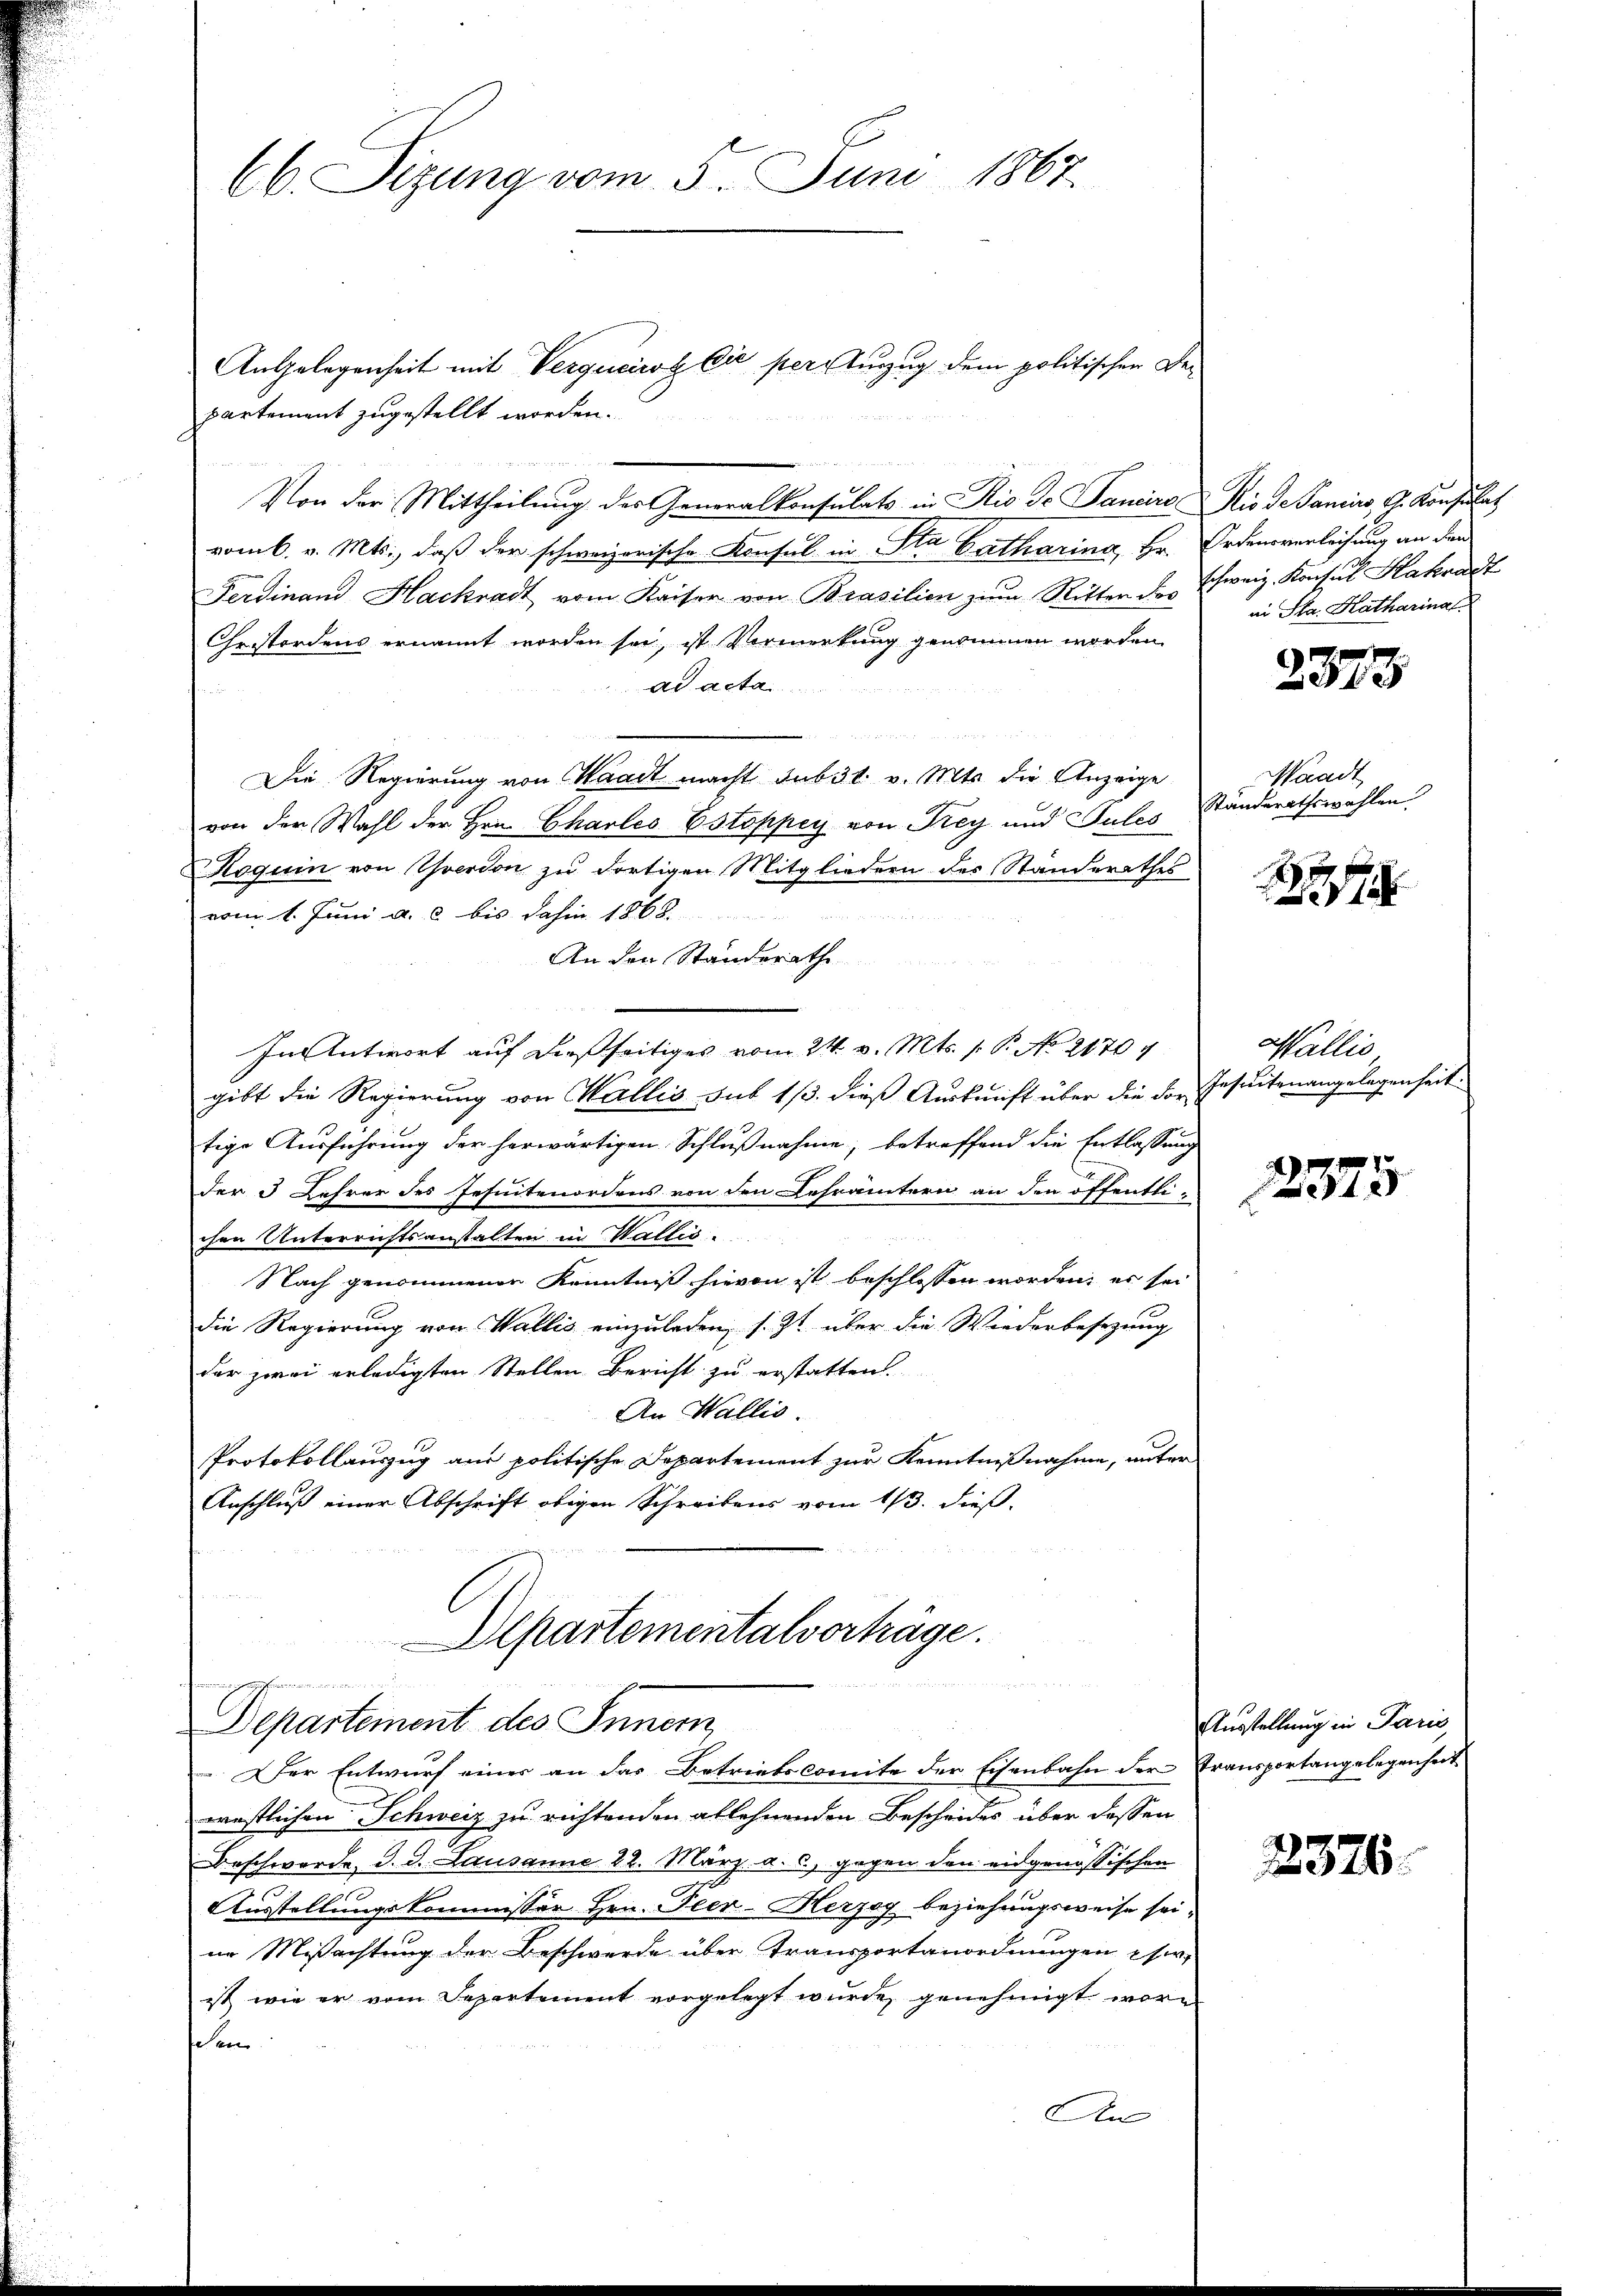
66. Sizung vom 5. Juni 1867.

Departementalverträge.
.
p
Departement des Innern
 Der Entwurf eines an das Betriebscomite der Eisenbahn der Fransportangelegenheit

Angelegenheit mit Vergucicos die per Zuzug dem politischen Departement zugestellt worden.
Von der Mittheilŭng des Generalkonsulats in Rio de Janeiro Rio de Paniers, G. Konsulat
vom 6. v. Mts., daß der schweizerische Konsul in Sta Catharina, Hr. Ordensverleihung an den
Ferdinand Hackradt vom Kaiser von Brasilien zum Ritter der Schweiz. Konsul Hakradt
Gestordens ernannt worden sei, ist Vermerkung genommen worden
ad acta
Die Regierung von Waadt macht sub 31. v. Mts. die Anzeige
von der Wahl der Hrn. Charleo Estoppey von Frey und Sules
Koquin von Yverdon zu dortigen Mitgliedern des Standerathes
vom 1. Juni a. c bis dahin 1868.

An den Standerath
In Antwort auf dießseitiges vom 24. v. Mts. 1. P. No 21704
gibt die Regierung von Wallis sub 1/3. dieß Auskunft über die der Jesuitenangelegenheit.
tige Ausführung der herwärtigen Schlußnahme, betreffend die Entlassung
der 3 Lehrer des Jesuitenordens von den Lehrämtern an den öffentlichen Unterrichtsanstalten in Wallis.
Nach genommenen Kenntniß hievon ist beschlossen worden, er sei
die Regierung von Wallis einzuladen, s. Zt. über die Wiederbesezung
der zwei erledigten Stellen Bericht zu erstatten.
An Wallis
Protokollauszug aus politische Departement zur Kenntnißnahme, unter
Anschluß einer Abschrift obigen Schreibens vom 1/3. dieß,

u

westlichen Schweiz zu richtenden ablehnenden Bescheides über dessen
Beschwerde d. d. Lausanne 12. März a. c., gegen den eidgenössischen
Ausstellungskommissär Hrn. Peer-Herzog beziehungsweise sei,
in Mißachtung der Beschwerde über Transportanordnungen user,
ist, wie er vom Departement vorgelegt wurde, genehmigt worsehen.
An

ei Sta. Katharinal

2373

Waadt
Standerathswahlen

1

Wallis,

12375

Ausstellung in Paris,

2376.